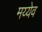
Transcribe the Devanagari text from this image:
मय्येव